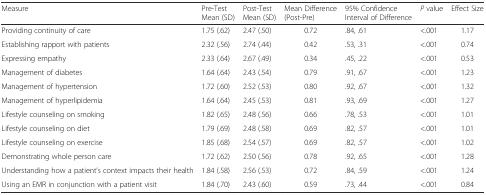
| Measure | Pre-Test Mean (SD) | Post-Test Mean (SD) | Mean Difference (Post-Pre) | 95% Confidence Interval of Difference | P value | Effect Size |
 | --- | --- | --- | --- | --- | --- | --- |
 | Providing continuity of care | 1.75 (.62) | 2.47 (.50) | 0.72 | .84, .61 | <.001 | 1.17 |
 | Establishing rapport with patients | 2.32 (.56) | 2.74 (.44) | 0.42 | .53, .31 | <.001 | 0.74 |
 | Expressing empathy | 2.33 (.64) | 2.67 (.49) | 0.34 | .45, .22 | <.001 | 0.53 |
 | Management of diabetes | 1.64 (.64) | 2.43 (.54) | 0.79 | .91, .67 | <.001 | 1.23 |
 | Management of hypertension | 1.72 (.60) | 2.52 (.53) | 0.80 | .92, .67 | <.001 | 1.32 |
 | Management of hyperlipidemia | 1.64 (.64) | 2.45 (.53) | 0.81 | .93, .69 | <.001 | 1.27 |
 | Lifestyle counseling on smoking | 1.82 (.65) | 2.48 (.56) | 0.66 | .78, .53 | <.001 | 1.01 |
 | Lifestyle counseling on diet | 1.79 (.69) | 2.48 (.58) | 0.69 | .82, .57 | <.001 | 1.01 |
 | Lifestyle counseling on exercise | 1.85 (.68) | 2.54 (.57) | 0.69 | .82, .57 | <.001 | 1.02 |
 | Demonstrating whole person care | 1.72 (.62) | 2.50 (.56) | 0.78 | .92, .65 | <.001 | 1.28 |
 | Understanding how a patient’s context impacts their health | 1.84 (.58) | 2.56 (.53) | 0.72 | .84, .59 | <.001 | 1.24 |
 | Using an EMR in conjunction with a patient visit | 1.84 (.70) | 2.43 (.60) | 0.59 | .73, .44 | <.001 | 0.84 |